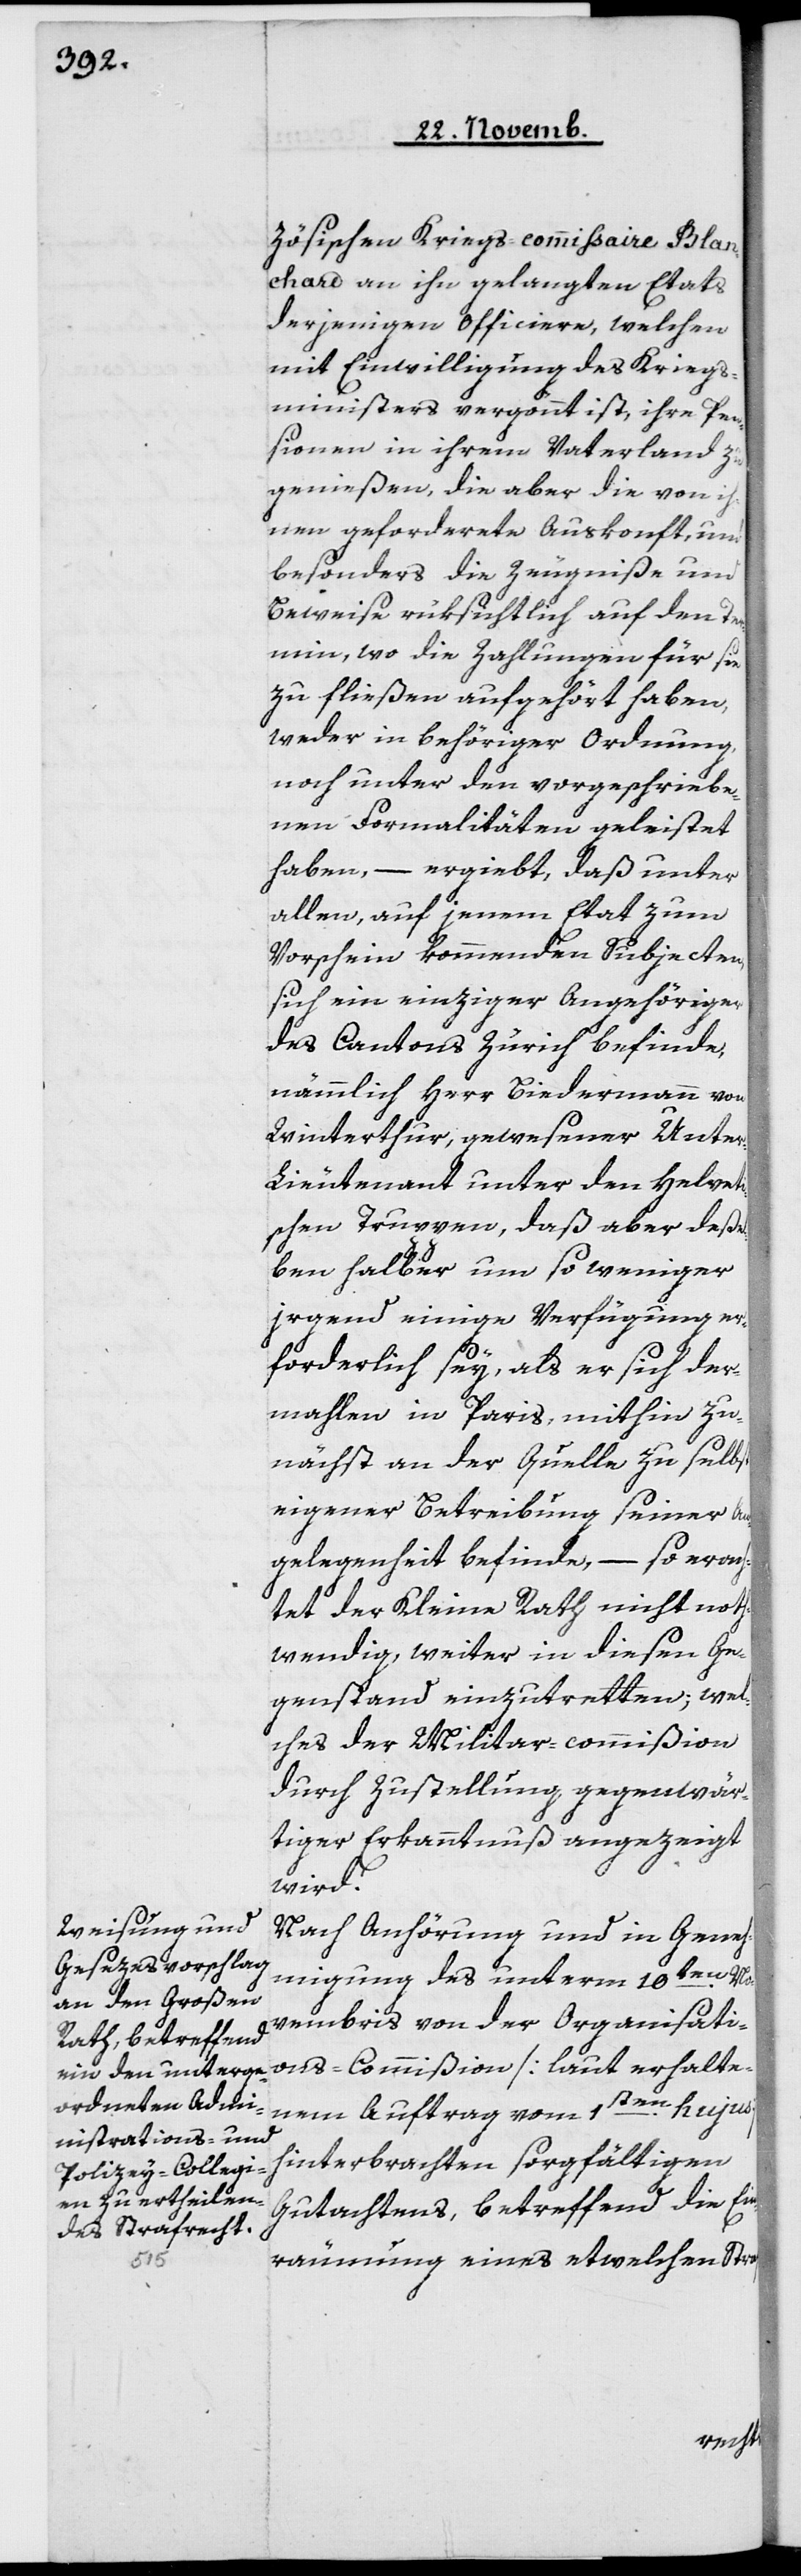
zösischen Kriegs-commissaire Blan¬
chard an ihn gelangten Etats
derjenigen Officiere, welchen
mit Einwilligung des Kriegs¬
ministers vergönnt ist, ihre Pen¬
sionen in ihrem Vaterland zu
genießen, die aber die von ih¬
nen geforderete Auskonft, und
besonders die Zeugniße und
Beweise rüksichtlich auf den Ter¬
min, wo die Zahlungen für sie
zu fließen aufgehört haben,
weder in behöriger Ordnung
noch unter den vorgeschriebe¬
nen Formalitäten geleistet
haben, – ergiebt, daß unter
allen, auf jenem Etat zum
Vorschein kommenden Subjecten,
sich ein einziger Angehöriger
des Cantons Zürich befinde,
nämmlich Herr Biedermann von
Winterthur, gewesener Unte¬
r-Lieutenant unter den Helveti¬
schen Truppen, daß aberdeßel¬
ben halber um so weniger
irgend einige Verfügung er¬
forderlich sey, als er sich der¬
mahlen in Paris, mithin zu¬
nächst an der Quelle zu selbs¬
teigener Betreibung seiner An¬
gelegenheit befinde, – so erach¬
tet der Kleine Rath nicht noth¬
wendig, weiter in diesen Ge¬
genstand einzutretten, wel¬
ches der Militar-Commißion
durch Zustellung gegenwär¬
tiger Erkanntnuß angezeigt
wird.
Nach Anhörung und in Geneh¬
migung des unterm 10ten No¬
vembris von der Organisati¬
ons-Commißion [laut erhalte¬
nem Auftrag vom 1ten hujus]
hinterbrachten sorgfältigen
Gutachtens, betreffend die Ein¬
räumung eines etwelchen Straf-